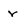
Character: r